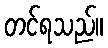
တင်ရသည်။